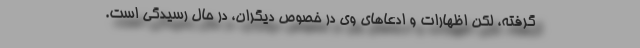
گرفته، لکن اظهارات و ادعا‌های وی در خصوص دیگران، در حال رسیدگی است.